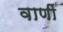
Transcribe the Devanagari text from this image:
वाणीं